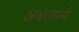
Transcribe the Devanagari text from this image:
अश्वत्थामो